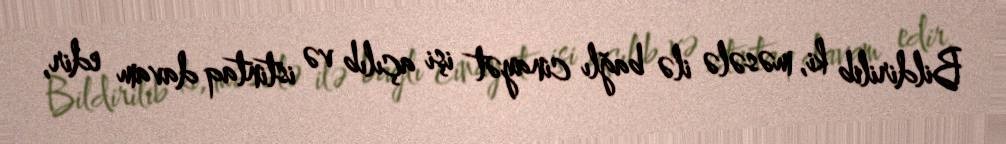
Bildirilib ki, məsələ ilə bağlı cinayət işi açılıb və istintaq davam edir,